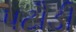
પટૌડી